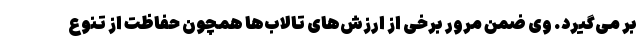
بر می‌گیرد. وی ضمن مرور برخی از ارزش‌های تالاب‌ها همچون حفاظت از تنوع